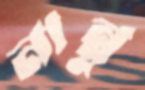
নান্নু